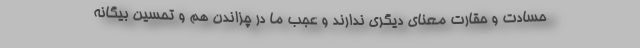
حسادت و حقارت معنای دیگری ندارند و عجب ما در چزاندن هم و تحسین بیگانه